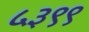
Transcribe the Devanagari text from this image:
५३९९